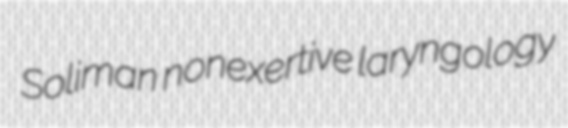
Soliman nonexertive laryngology